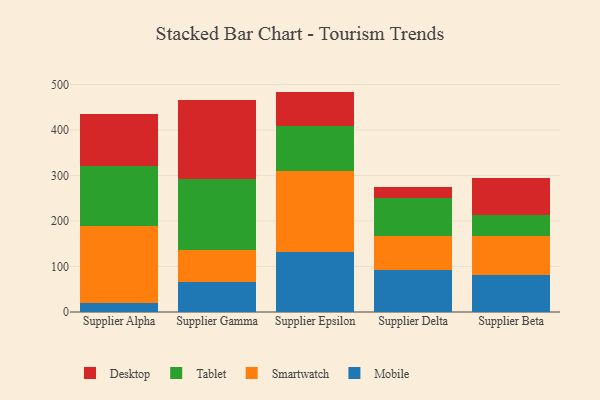
{"axis": {"x": "Supplier", "y": "Website Visitors"}, "legend": ["Desktop", "Mobile", "Smartwatch", "Tablet"], "data": [{"x": "Supplier Alpha", "y": 19.6, "type": "Mobile"}, {"x": "Supplier Alpha", "y": 169.4, "type": "Smartwatch"}, {"x": "Supplier Alpha", "y": 131.6, "type": "Tablet"}, {"x": "Supplier Alpha", "y": 113.9, "type": "Desktop"}, {"x": "Supplier Gamma", "y": 65.8, "type": "Mobile"}, {"x": "Supplier Gamma", "y": 70.7, "type": "Smartwatch"}, {"x": "Supplier Gamma", "y": 156.0, "type": "Tablet"}, {"x": "Supplier Gamma", "y": 173.7, "type": "Desktop"}, {"x": "Supplier Epsilon", "y": 132.0, "type": "Mobile"}, {"x": "Supplier Epsilon", "y": 177.6, "type": "Smartwatch"}, {"x": "Supplier Epsilon", "y": 99.4, "type": "Tablet"}, {"x": "Supplier Epsilon", "y": 75.5, "type": "Desktop"}, {"x": "Supplier Delta", "y": 91.6, "type": "Mobile"}, {"x": "Supplier Delta", "y": 75.1, "type": "Smartwatch"}, {"x": "Supplier Delta", "y": 84.5, "type": "Tablet"}, {"x": "Supplier Delta", "y": 23.6, "type": "Desktop"}, {"x": "Supplier Beta", "y": 81.1, "type": "Mobile"}, {"x": "Supplier Beta", "y": 86.9, "type": "Smartwatch"}, {"x": "Supplier Beta", "y": 45.5, "type": "Tablet"}, {"x": "Supplier Beta", "y": 81.2, "type": "Desktop"}]}